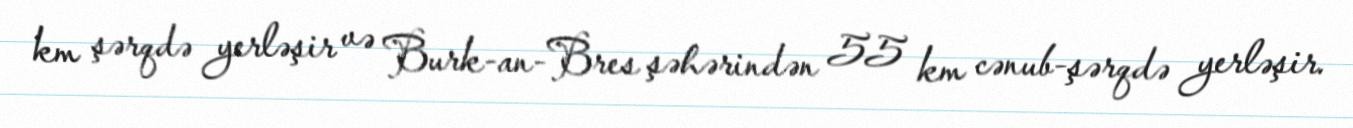
km şərqdə yerləşir və Burk-an-Bres şəhərindən 55 km cənub-şərqdə yerləşir.